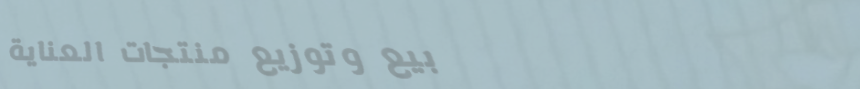
بيع وتوزيع منتجات العناية